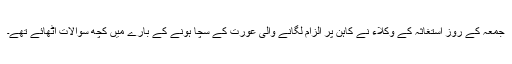
جمعہ کے روز استغاثہ کے وکلاء نے کاہن پر الزام لگانے والی عورت کے سچا ہونے کے بارے میں کچھ سوالات اٹھائے تھے۔